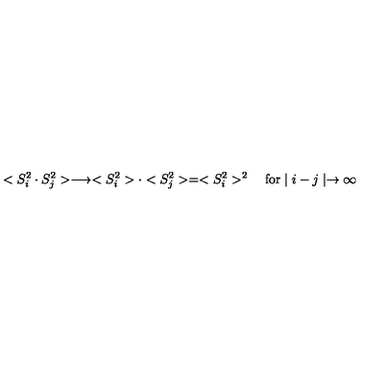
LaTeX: < S _ { i } ^ { 2 } \cdot S _ { j } ^ { 2 } > \longrightarrow < S _ { i } ^ { 2 } > \cdot < S _ { j } ^ { 2 } > = < S _ { i } ^ { 2 } > ^ { 2 } \quad \mathrm { f o r } \mid i - j \mid \rightarrow \infty